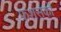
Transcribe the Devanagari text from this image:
फ्रशंसकों